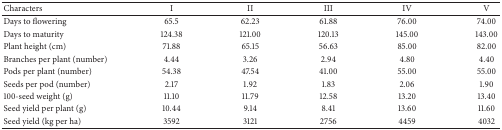
| Characters | I | II | III | IV | V |
 | --- | --- | --- | --- | --- | --- |
 | Days to flowering | 65.5 | 62.23 | 61.88 | 76.00 | 74.00 |
 | Days to maturity | 124.38 | 121.00 | 120.13 | 145.00 | 143.00 |
 | Plant height (cm) | 71.88 | 65.15 | 56.63 | 85.00 | 82.00 |
 | Branches per plant (number) | 4.44 | 3.26 | 2.94 | 4.80 | 4.40 |
 | Pods per plant (number) | 54.38 | 47.54 | 41.00 | 55.00 | 55.00 |
 | Seeds per pod (number) | 2.17 | 1.92 | 1.83 | 2.06 | 1.90 |
 | 100-seed weight (g) | 11.10 | 11.79 | 12.58 | 13.20 | 13.40 |
 | Seed yield per plant (g) | 10.44 | 9.14 | 8.41 | 13.60 | 11.60 |
 | Seed yield (kg per ha) | 3592 | 3121 | 2756 | 4459 | 4032 |